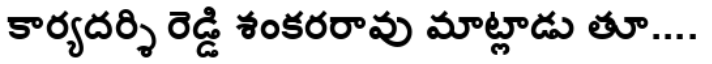
కార్యదర్శి రెడ్డి శంకరరావు మాట్లాడు తూ....